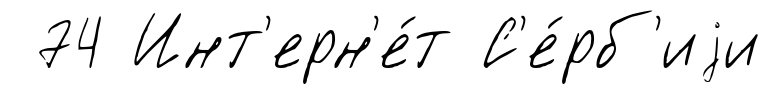
74 Инт'ерн'е́т С'е́рб'иjи